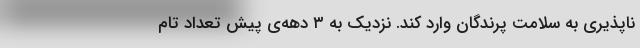
ناپذیری به سلامت پرندگان وارد کند. نزدیک به ۳ دهه‌ی پیش تعداد تام